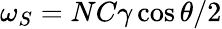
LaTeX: \omega_{S}=NC\gamma\cos\theta/2